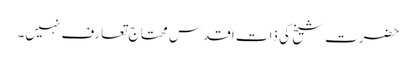
حضرت شیخ کی ذات اقدس محتاجِ تعارف نہیں۔